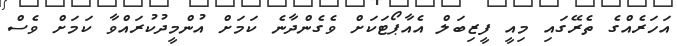
އަހަރެއްގެ ތެރޭގައި މިއީ ފީޒިބަލް އެއާޕޯޓަކަށް ވެގެންދާނެ ކަމަށް އުންމީދުކުރައްވާ ކަމަށް ވެސް